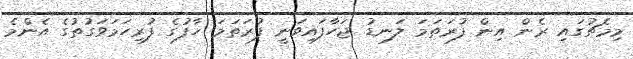
މިމެޗުގައި ރެން އިން ފުރަތަމަ ލަނޑު ޖަހާފައިވަނީ ފުރަތަމަ ހާފުގެ ފުރިހަމަވަގުތުގެ އެންމެ